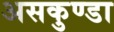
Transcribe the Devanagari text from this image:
असकुण्डा